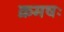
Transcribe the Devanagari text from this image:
क्रमषः